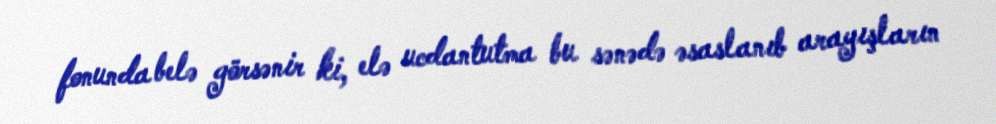
fonunda belə görsənir ki, elə ucdantutma bu sənədə əsaslanıb arayışların